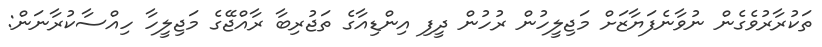
ތަކުރާރުވެގެން ނުވާނެފަޔާޒަށް މަޖިލީހުން ރުހުން ދީފި އިންޑިއާގެ ތަޖުރިބާ ރާއްޖޭގެ މަޖިލީހާ ހިއްސާކުރާނަން: